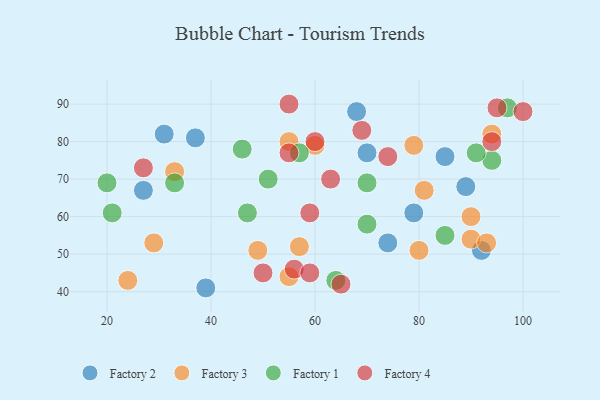
{"axis": {"x": "GDP", "y": "Life Expectancy"}, "legend": ["Factory 1", "Factory 2", "Factory 3", "Factory 4"], "data": [{"x": "68", "y": 88, "type": "Factory 2"}, {"x": "74", "y": 53, "type": "Factory 2"}, {"x": "39", "y": 41, "type": "Factory 2"}, {"x": "92", "y": 51, "type": "Factory 2"}, {"x": "85", "y": 76, "type": "Factory 2"}, {"x": "27", "y": 67, "type": "Factory 2"}, {"x": "79", "y": 61, "type": "Factory 2"}, {"x": "89", "y": 68, "type": "Factory 2"}, {"x": "31", "y": 82, "type": "Factory 2"}, {"x": "70", "y": 77, "type": "Factory 2"}, {"x": "37", "y": 81, "type": "Factory 2"}, {"x": "90", "y": 54, "type": "Factory 3"}, {"x": "33", "y": 72, "type": "Factory 3"}, {"x": "29", "y": 53, "type": "Factory 3"}, {"x": "80", "y": 51, "type": "Factory 3"}, {"x": "93", "y": 53, "type": "Factory 3"}, {"x": "81", "y": 67, "type": "Factory 3"}, {"x": "57", "y": 52, "type": "Factory 3"}, {"x": "79", "y": 79, "type": "Factory 3"}, {"x": "60", "y": 79, "type": "Factory 3"}, {"x": "24", "y": 43, "type": "Factory 3"}, {"x": "94", "y": 82, "type": "Factory 3"}, {"x": "90", "y": 60, "type": "Factory 3"}, {"x": "55", "y": 44, "type": "Factory 3"}, {"x": "49", "y": 51, "type": "Factory 3"}, {"x": "55", "y": 80, "type": "Factory 3"}, {"x": "51", "y": 70, "type": "Factory 1"}, {"x": "20", "y": 69, "type": "Factory 1"}, {"x": "21", "y": 61, "type": "Factory 1"}, {"x": "70", "y": 58, "type": "Factory 1"}, {"x": "85", "y": 55, "type": "Factory 1"}, {"x": "57", "y": 77, "type": "Factory 1"}, {"x": "94", "y": 75, "type": "Factory 1"}, {"x": "91", "y": 77, "type": "Factory 1"}, {"x": "33", "y": 69, "type": "Factory 1"}, {"x": "46", "y": 78, "type": "Factory 1"}, {"x": "47", "y": 61, "type": "Factory 1"}, {"x": "70", "y": 69, "type": "Factory 1"}, {"x": "64", "y": 43, "type": "Factory 1"}, {"x": "97", "y": 89, "type": "Factory 1"}, {"x": "74", "y": 76, "type": "Factory 4"}, {"x": "65", "y": 42, "type": "Factory 4"}, {"x": "60", "y": 80, "type": "Factory 4"}, {"x": "95", "y": 89, "type": "Factory 4"}, {"x": "55", "y": 90, "type": "Factory 4"}, {"x": "55", "y": 77, "type": "Factory 4"}, {"x": "50", "y": 45, "type": "Factory 4"}, {"x": "94", "y": 80, "type": "Factory 4"}, {"x": "59", "y": 61, "type": "Factory 4"}, {"x": "56", "y": 46, "type": "Factory 4"}, {"x": "59", "y": 45, "type": "Factory 4"}, {"x": "63", "y": 70, "type": "Factory 4"}, {"x": "69", "y": 83, "type": "Factory 4"}, {"x": "100", "y": 88, "type": "Factory 4"}, {"x": "27", "y": 73, "type": "Factory 4"}]}